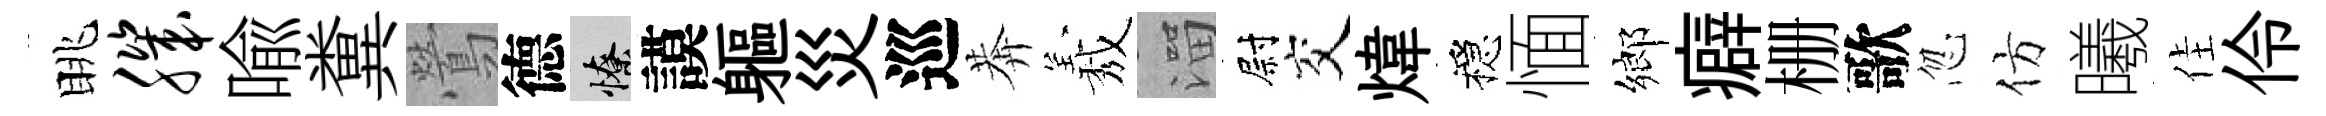
眺肌喩糞鶯德憭謨軀災巡莾𦏁溜尉交煒穩愐鄉癖栅歌忽仿曦佳伶